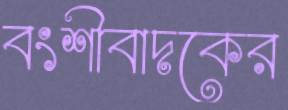
বংশীবাদকের